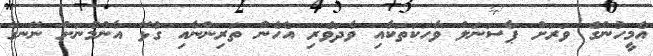
އެމީހުންގެ ވަރަށް ޕާސަނަލް ވާހަކަތަކާއި ވާދަވެރި އެހެން ތަރިންނާއި ގުޅޭ އާންމުނަށް ނޭނގޭ